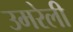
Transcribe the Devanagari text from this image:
उमरेली